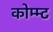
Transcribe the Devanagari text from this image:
कोम्म्ट